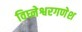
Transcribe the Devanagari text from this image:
विघ्नेश्वरगणेश